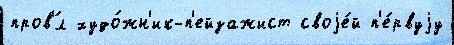
пров'́л худо́жн'ик-п'ейзажист своjе́й п'е́рвуjу